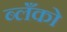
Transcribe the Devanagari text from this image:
ब्लँको